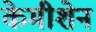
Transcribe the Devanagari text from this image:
केमीशेन